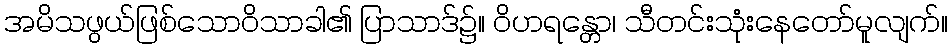
အမိသဖွယ်ဖြစ်သောဝိသာခါ၏ ပြာသာဒ်၌။ ဝိဟရန္တော၊ သီတင်းသုံးနေတော်မူလျက်။